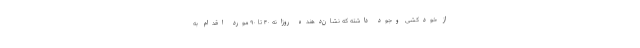
از خودکشی وجود داشته که نشان‌دهنده روزانه ۴۰ تا ۹۰ مورد اقدام به‌